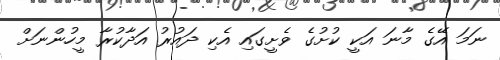
ނަމަ އޭގެ މާނަ އަކީ ކުށުގެ ވެށީގައި އެކި ދައުރު އަދާކުރާ މީހުންނަށް